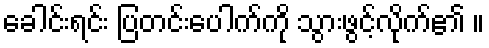
ခေါင်းရင်း ပြတင်းပေါက်ကို သွားဖွင့်လိုက်၏ ။